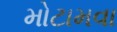
મોટામવા